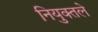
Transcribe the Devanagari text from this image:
नियुक्तले